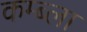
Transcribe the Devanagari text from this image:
कम्ब्ला